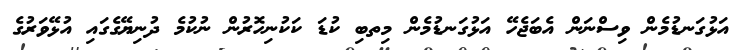
އަޅުގަނޑުމެން ވިސްނަން އެބަޖެހޭ އަޅުގަނޑުމެން މިތބި ކުޑަ ކަކުނިހޮރުން ނުކުމެ ދުނިޔޭގެގައި އުޅޭވަރުގެ